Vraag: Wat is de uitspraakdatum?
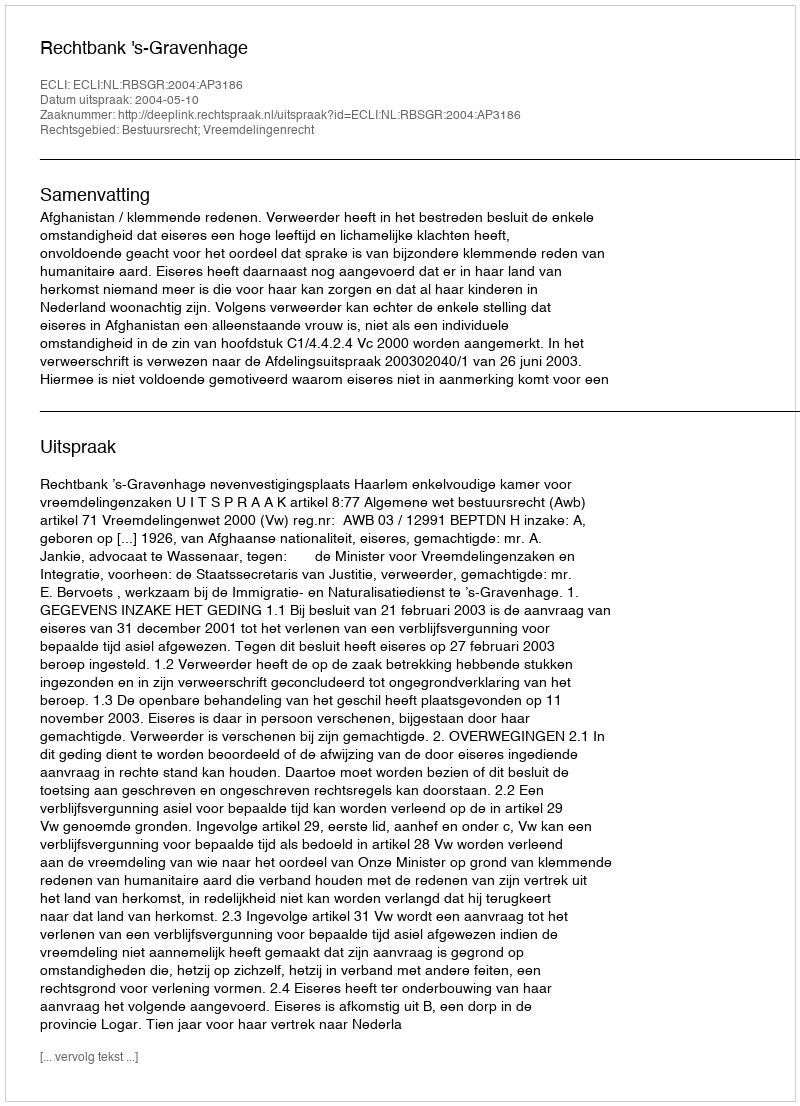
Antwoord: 2004-05-10